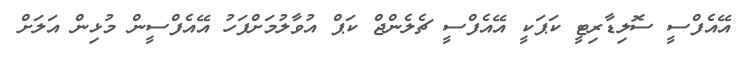
އޭއެފްސީ ސޮލިޑާރިޓީ ކަޕަކީ އޭއެފްސީ ޗެލެންޖް ކަޕް އުވާލުމަށްފަހު އޭއެފްސީން މުޅިން އަލަށް